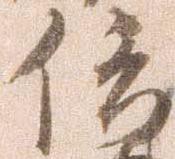
信